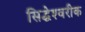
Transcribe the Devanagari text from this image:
सिद्धेश्‍वरीक